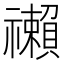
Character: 䄤